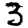
Digit: 3